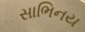
સાભિનય